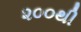
૨૦૦થી